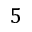
5